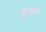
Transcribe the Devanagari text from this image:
छेदिक